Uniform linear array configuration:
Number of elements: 8
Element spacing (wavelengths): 1
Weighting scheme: cosine
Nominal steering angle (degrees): -15
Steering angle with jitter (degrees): -13.641
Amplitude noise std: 0.05
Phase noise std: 0.05

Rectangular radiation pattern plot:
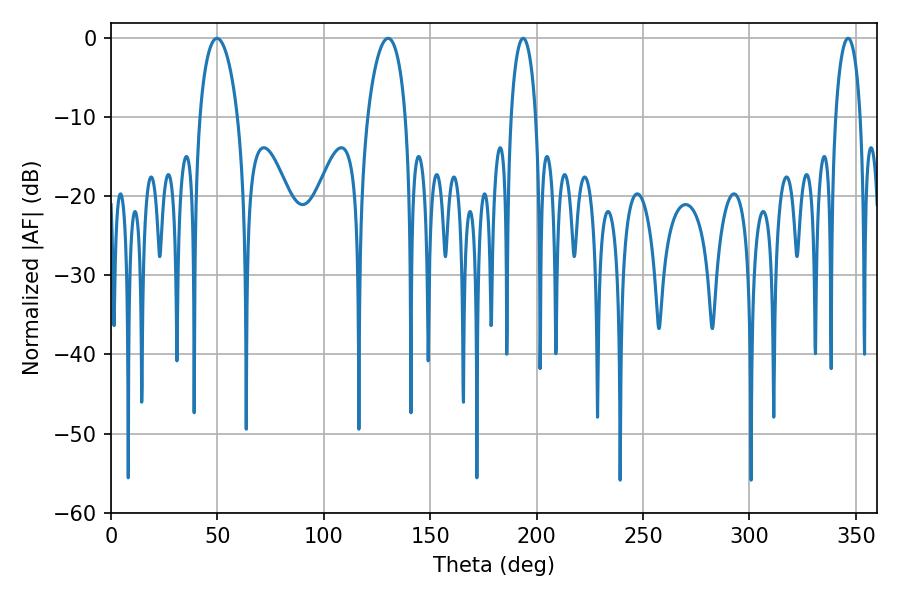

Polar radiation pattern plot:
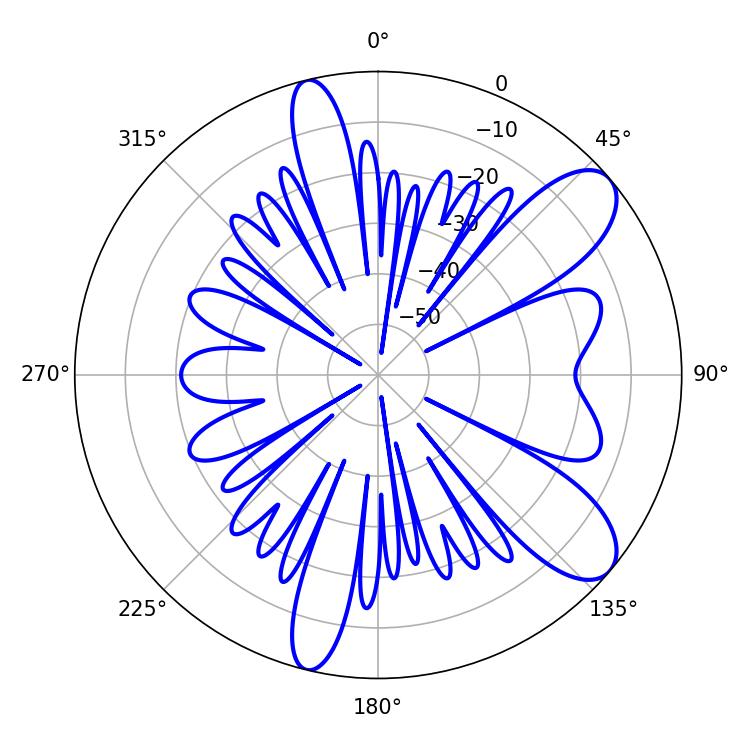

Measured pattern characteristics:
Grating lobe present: TRUE
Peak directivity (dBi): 9.218
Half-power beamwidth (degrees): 6.66
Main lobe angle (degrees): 346.32